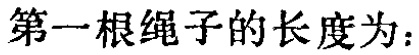
第一根绳子的长度为：